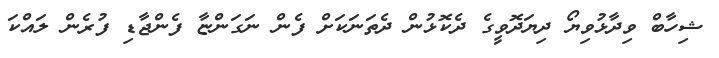
ޝިހާބް ވިދާޅުވިޔޯ ދިޔަދޮވީގެ ދެކޮޅުން ދެތަނަކަށް ފެން ނަގަންޏާ ފެންޖާޑި ފުރެން ލައްކަ